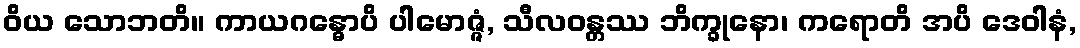
ဝိယ သောဘတိ။ ကာယဂန္ဓောပိ ပါမောဇ္ဇံ, သီလဝန္တဿ ဘိက္ခုနော၊ ကရောတိ အပိ ဒေဝါနံ,